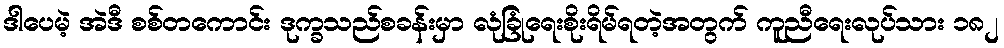
ဒါပေမဲ့ အဲဒီ စစ်တကောင်း ဒုက္ခသည်စခန်းမှာ လုံခြုံရေးစိုးရိမ်ရတဲ့အတွက် ကူညီရေးလုပ်သား ၁၈၂